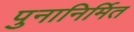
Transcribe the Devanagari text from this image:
पुनानिर्मित